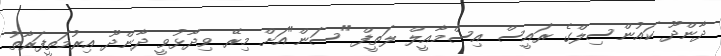
ދާންދޫ ކައުންސިލްގެ ރައީސް އިސްމާއީލް ލަތީފް "ސަން"އަށް މިރޭ ވިދާޅުވީ ދާންދޫ އިރުމަތީފަރާތު